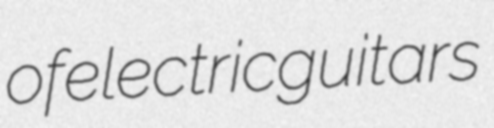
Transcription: of electric guitars